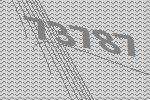
73787